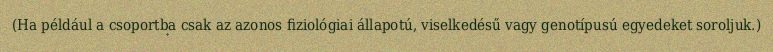
(Ha például a csoportba csak az azonos fiziológiai állapotú, viselkedésű vagy genotípusú egyedeket soroljuk.)